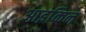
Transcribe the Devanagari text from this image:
आइकिन